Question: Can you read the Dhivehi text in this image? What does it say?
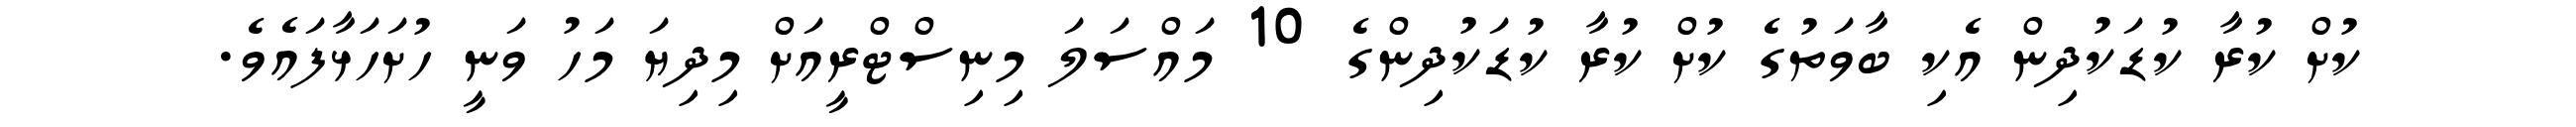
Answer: ކުށް ކުރާ ކުޑަކުދިން އެކި ބާވަތުގެ ކުށް ކުރާ ކުޑަކުދިންގެ 10 މައްސަލަ މިނިސްޓްރީއަށް މިދިޔަ މަހު ވަނީ ހުށަހަޅާފައެވެ.